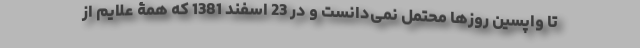
تا واپسین روزها محتمل نمی‌دانست و در 23 اسفند 1381 که همۀ علایم از